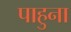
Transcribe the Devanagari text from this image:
पाहुना